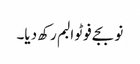
نو بجے فوٹو البم رکھ دیا۔